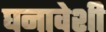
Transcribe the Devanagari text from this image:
घनावेशी